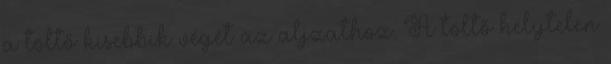
a töltő kisebbik végét az aljzathoz. A töltő helytelen